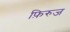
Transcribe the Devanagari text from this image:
फ़िरुज